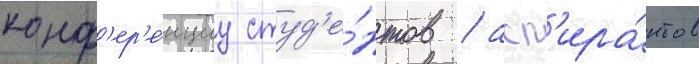
конф'ер'е́нциу студ'е́нтов / асп'ира́нтов